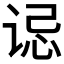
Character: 𫍪